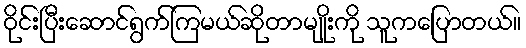
ဝိုင်းပြီးဆောင်ရွက်ကြမယ်ဆိုတာမျိုးကို သူကပြောတယ်။